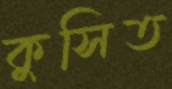
কুসিত